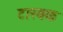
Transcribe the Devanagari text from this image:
टारबक